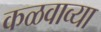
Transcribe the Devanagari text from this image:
कळवाव्या